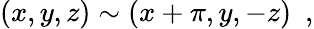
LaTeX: (x,y,z)\sim(x+\pi,y,-z)\ \ ,